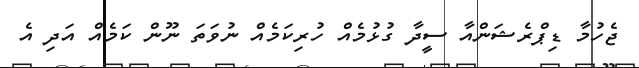
ޖެހުމާ ޑިޕްރެޝަންއާ ސީދާ ގުޅުމެއް ހުރިކަމެއް ނުވަތަ ނޫން ކަމެއް އަދި އެ